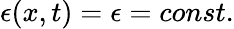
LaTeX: \epsilon(x,t)=\epsilon=const.